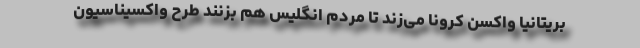
بریتانیا واکسن کرونا می‌زند تا مردم انگلیس هم بزنند طرح واکسیناسیون